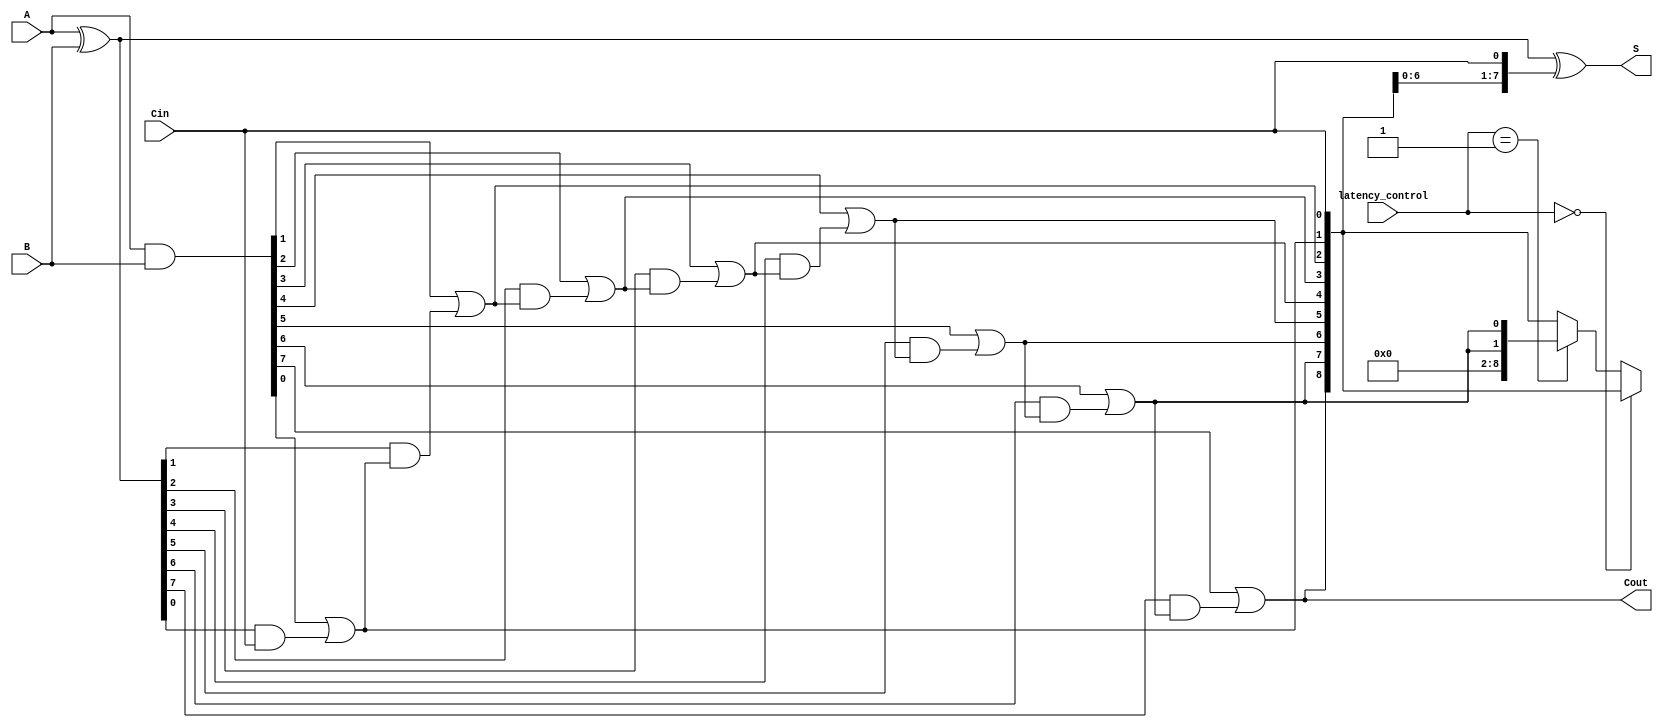
module VLCLA #(parameter N = 8) (
    input wire [N-1:0] A,      // First operand
    input wire [N-1:0] B,      // Second operand
    input wire Cin,            // Carry-in
    input wire [1:0] latency_control, // Control signal for latency levels
    output wire [N-1:0] S,     // Sum output
    output wire Cout           // Carry-out
);

    // Internal signals for propagate and generate
    wire [N-1:0] P; // Propagate
    wire [N-1:0] G; // Generate
    wire [N:0] C;   // Carry signals

    // Generate propagate and generate signals
    assign P = A ^ B; // P[i] = A[i] XOR B[i]
    assign G = A & B; // G[i] = A[i] AND B[i]

    // Carry signals generation using lookahead logic
    // Level 1
    assign C[0] = Cin;

    genvar i;
    generate
        for (i = 0; i < N; i = i + 1) begin: carry_generation
            assign C[i + 1] = G[i] | (P[i] & C[i]); // C[i+1] = G[i] OR (P[i] AND C[i])
        end
    endgenerate

    // Sum calculation
    assign S = P ^ {C[N-1:0], Cin}; // S[i] = P[i] XOR C[i]

    // Carry out based on the last generated carry signal
    assign Cout = C[N];

    // Variable latency handling (using a multiplexer)
    // Select between different carry outputs based on latency_control
    // For this example, we just implement a simple selection between levels
    wire [N:0] selected_C;
    assign selected_C = (latency_control == 2'b00) ? C :
                        (latency_control == 2'b01) ? {C[N-1], C[N-1:N-1]} : // Shortened for demonstration
                        C;

    // Override the Cout based on selected_C for demonstration
    assign Cout = selected_C[N];

endmodule